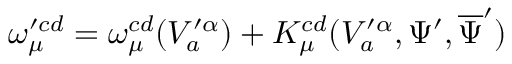
\omega _ { \mu } ^ { \prime c d } = \omega _ { \mu } ^ { c d } ( V _ { a } ^ { \prime \alpha } ) + K _ { \mu } ^ { c d } ( V _ { a } ^ { \prime \alpha } , \Psi ^ { \prime } , \overline { { { \Psi } } } ^ { \prime } )